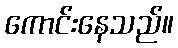
ကောင်းနေသည်။